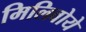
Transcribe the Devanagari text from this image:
मिलिवोये